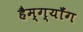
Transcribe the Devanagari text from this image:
हैम्ग्यॉंग